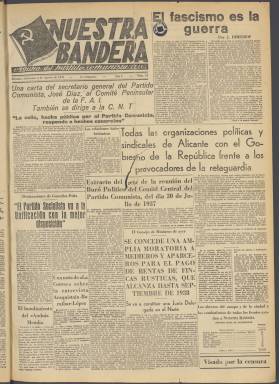
Título: Nuestra bandera (Alicante)
Colección: Periódicos || Guerra civil
Ámbito geográfico: Alicante
Lugar de publicación: Alicante
Fechas: 01/08/1937-01/04/1938